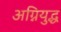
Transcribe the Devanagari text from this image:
अग्नियुद्ध